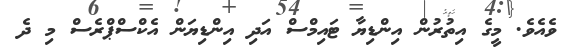
ވެއެވެ. މީގެ އިތުރުން އިންޑިޔާ ޓައިމްސް އަދި އިންޑިޔަން އެކްސްޕްރެސް މި ދެ